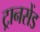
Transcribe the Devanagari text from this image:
ट्रानसेंड